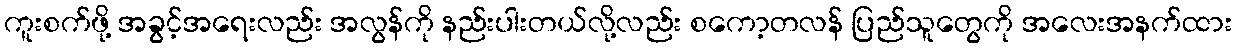
ကူးစက်ဖို့ အခွင့်အရေးလည်း အလွန်ကို နည်းပါးတယ်လို့လည်း စကော့တလန် ပြည်သူတွေကို အလေးအနက်ထား